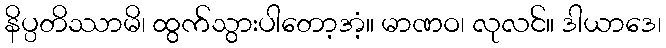
နိပ္ပတိဿာမိ၊ ထွက်သွားပါတော့အံ့။ မာဏဝ၊ လုလင်။ ဒါယာဒေ၊